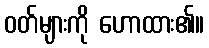
ဝတ်များကို ဟောထား၏။